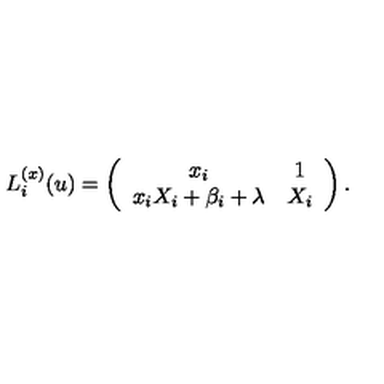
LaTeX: L _ { i } ^ { ( x ) } ( u ) = \left( \begin{array} { c c } { x _ { i } } & { 1 } \\ { x _ { i } X _ { i } + \beta _ { i } + \lambda } & { X _ { i } } \\ \end{array} \right) .